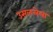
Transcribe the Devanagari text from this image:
उसळलेला